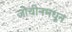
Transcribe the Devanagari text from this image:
जोचीनमधून